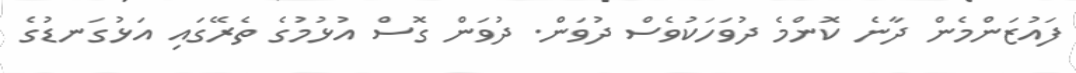
ފައުޒަންމެން ދާނެ ކޮންމެ ދުވަހަކުވެސް ދުވަން. ދުވަން ގޮސް އުޅުމުގެ ތެރޭގައި އަޅުގަނޑުގެ